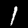
Digit: 1